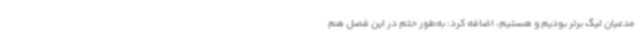
مدعیان لیگ برتر بودیم و هستیم، اضافه کرد: به‌طور حتم در این فصل هم